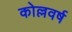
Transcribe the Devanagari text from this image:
कोल्लवर्ष